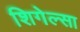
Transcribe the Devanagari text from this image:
शिगेल्सा